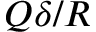
Q \delta / R